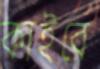
কাইরে